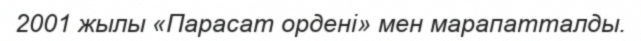
2001 жылы «Парасат ордені» мен марапатталды.